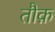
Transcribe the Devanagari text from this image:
तौक़